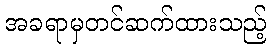
အခရာမှတင်ဆက်ထားသည့်